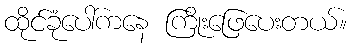
ထိုင်ခုံပေါ်ကနေ ကြိုးဖြေပေးတယ်။